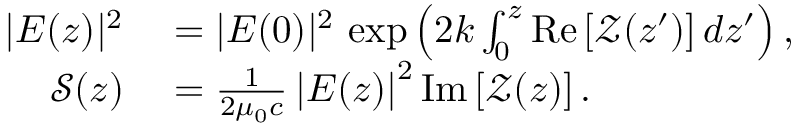
\begin{array} { r l } { | E ( z ) | ^ { 2 } } & { { } = | E ( 0 ) | ^ { 2 } \, \exp \left( 2 k \int _ { 0 } ^ { z } \mathrm { R e } \left[ \mathcal { Z } ( z ^ { \prime } ) \right] d z ^ { \prime } \right) , } \\ { \mathcal { S } ( z ) } & { { } = \frac { 1 } { 2 \mu _ { 0 } c } \left| E ( z ) \right| ^ { 2 } \mathrm { I m } \left[ \mathcal { Z } ( z ) \right] . } \end{array}